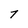
Character: 7